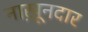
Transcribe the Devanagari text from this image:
नाख़ूनदार